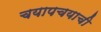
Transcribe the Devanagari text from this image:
चयापचयाची